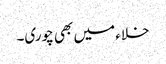
خلاء میں بھی چوری۔